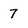
Character: 7